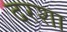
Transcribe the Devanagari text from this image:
दरशा